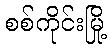
စစ်ကိုင်းမြို့